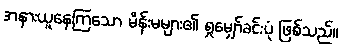
အနားယူနေကြသော မိန်းမများ၏ ရှုမျှော်ခင်းပုံ ဖြစ်သည်။